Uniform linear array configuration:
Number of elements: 32
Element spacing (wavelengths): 0.5
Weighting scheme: kaiser
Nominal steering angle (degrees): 0
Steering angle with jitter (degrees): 0.1623
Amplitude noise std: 0.05
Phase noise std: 0.05

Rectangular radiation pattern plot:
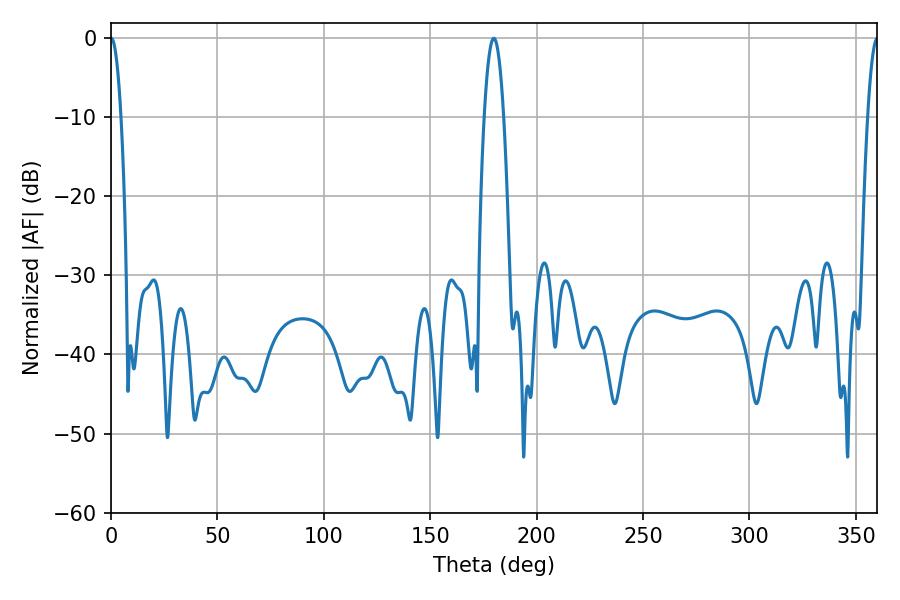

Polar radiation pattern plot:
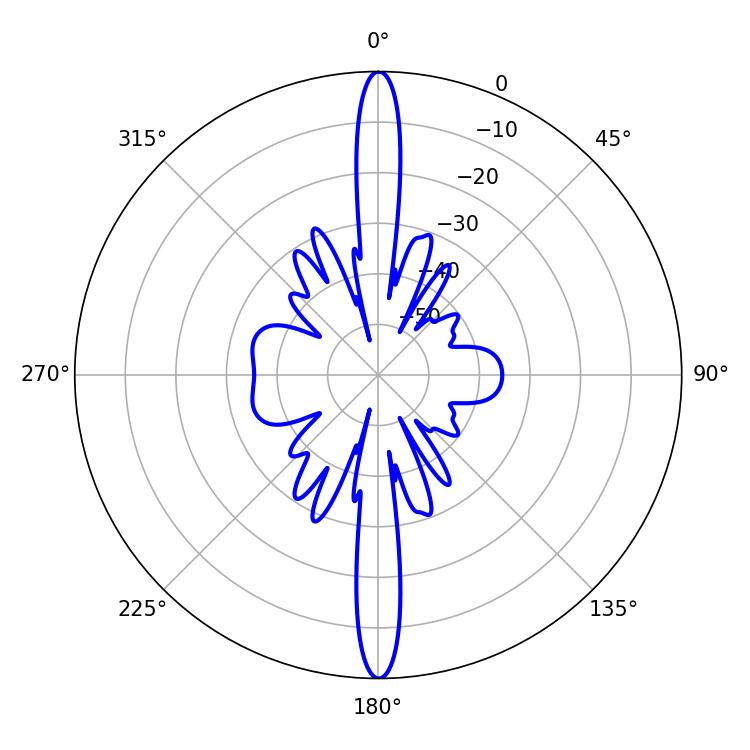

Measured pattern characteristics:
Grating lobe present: FALSE
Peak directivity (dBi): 46.533
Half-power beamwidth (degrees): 5.04
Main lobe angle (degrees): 179.82